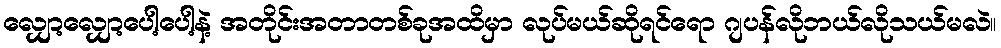
လျှော့လျှော့ပေါ့ပေါ့နဲ့ အတိုင်းအတာတစ်ခုအထိမှာ လုပ်မယ်ဆိုရင်ရော ဂျပန်လိုဘယ်လိုသယ်မလဲ။